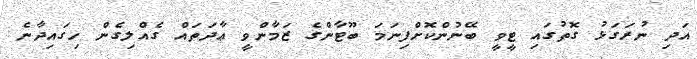
އަދި ނުރަގަޅު ގޮތުގައި ޓީވީ ބޭނުންކޮށްފިނަމަ ބޫޓާންގެ ޒަމާންވީ ޢާދަތައް ގެއްލިގެން ހިގައިދާނެ